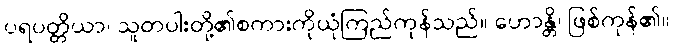
ပရပတ္တိယာ၊ သူတပါးတို့၏စကားကိုယုံကြည်ကုန်သည်။ ဟောန္တိ၊ ဖြစ်ကုန်၏။